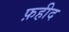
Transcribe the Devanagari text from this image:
फ़हीद